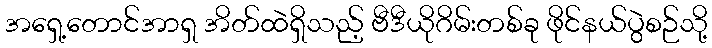
အရှေ့တောင်အာရှ အိတ်ထဲရှိသည့် ဗီဒီယိုဂိမ်းတစ်ခု ဖိုင်နယ်ပွဲစဉ်သို့